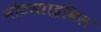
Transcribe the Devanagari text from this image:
नोटरसाइकिल